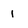
Character: 1